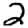
Digit: 2